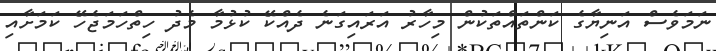
ނަމަވެސް އަނިޔާގެ ކަންތައްތަކުން މިހާރު އަރައިގަނެ ދެއްކޭ ކުޅުމާ މެދު ހިތްހަމަޖެހޭ ކަމަށާއި